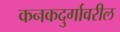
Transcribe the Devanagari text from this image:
कनकदुर्गावरील